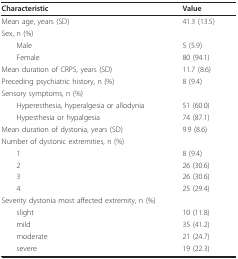
| Characteristic | Value |
 | --- | --- |
 | Mean age, years (SD) | 41.3 (13.5) |
 | Sex, n (%) |  |
 | Male | 5 (5.9) |
 | Female | 80 (94.1) |
 | Mean duration of CRPS, years (SD) | 11.7 (8.6) |
 | Preceding psychiatric history, n (%) | 8 (9.4) |
 | Sensory symptoms, n (%) |  |
 | Hyperesthesia, hyperalgesia or allodynia | 51 (60.0) |
 | Hypesthesia or hypalgesia | 74 (87.1) |
 | Mean duration of dystonia, years (SD) | 9.9 (8.6) |
 | Number of dystonic extremities, n (%) |  |
 | 1 | 8 (9.4) |
 | 2 | 26 (30.6) |
 | 3 | 26 (30.6) |
 | 4 | 25 (29.4) |
 | Severity dystonia most affected extremity, n (%) |  |
 | slight | 10 (11.8) |
 | mild | 35 (41.2) |
 | moderate | 21 (24.7) |
 | severe | 19 (22.3) |